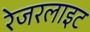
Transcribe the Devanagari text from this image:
रेजरलाइट